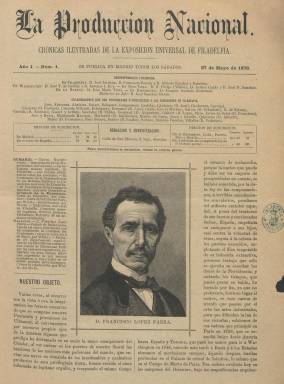
Título: La Producción nacional (Madrid)
Colección: Economía
Ámbito geográfico: Madrid
Lugar de publicación: Madrid
Fechas: 27/05/1876-10/03/1877

Con el subtítulo “crónicas ilustradas de la Exposición Universal de Filadelfia”, evento que se celebró desde el 10 de mayo al 10 de noviembre de 1876, coincidiendo con la celebración del primer centenario de la Declaración de Independencia de Estados Unidos, comenzó a publicarse este semanario el 27 de mayo de ese mismo año, en entregas de dieciséis páginas, compuestas a dos columnas, que, cada sábado salían de la Imprenta de Fortanet. Su propietario y director era el político progresista, diplomático y economista Feliciano Herreros de Tejada (1829-1897), y su intención fue hacer un periódico que divulgara y fomentara la industria y el comercio español, con la difusión de conocimientos útiles y la publicación de crónicas por parte de una serie de corresponsables en Filadelfia, Washington o Nueva York, que darían cuenta de los trabajos de las comisiones, comisarías y jurados españoles en el certamen, así como de los inventarios de los expositores y productos exhibidos, y ello acompañado de ilustraciones de los pabellones, instalaciones y objetos expuestos o de edificios emblemáticos, entre otras; además de fábricas, minas o retratos de industriales españoles y de personajes españoles y norteamericanos relacionados con el evento.

Su redactor jefe fue José Sánchez Bazán, y junto a los corresponsales literarios en las citadas ciudades norteamericanas, contaba con otros en La Habana y Barcelona. Indica también en su cabecera la nómina de colaboradores que han pertenecido o pertenecían a la denominada comisión de Filadelfia, entre los que se encontraban personajes de la cultura española, como Balart, Campoamor, Castelar, Cruzada Villamil, Echegaray, Escosura, Galdo, Gisbert o Gasset y Artime, entre otros, y a la que pertenecía el propio Herreros de Tejada, desde su creación por decreto en diciembre de 1874.

Una vez acaba la exposición, en noviembre de ese mismo año 1876, el semanario edita un suplemento en el que anuncia que seguirá publicándose, ahora con el subtítulo “crónicas ilustradas de exposiciones nacionales y extranjeras”, añadiendo la leyenda de los asuntos que seguirá tratando: ciencias, artes, comercio, agricultura, industria y conocimientos útiles, incluyendo un cuadro de redactores y de corresponsales, entre estos en Puerto Rico, Manila, México, Londres y París.

Cada entrega comienza con un sumario y así como en su primera etapa divide sus contenidos entre artículos y crónicas de la Exposición de Filadelfia, además de los grabados, cuando acabe esta, incluirá otros referidos a exposiciones nacionales españolas, y desde enero de 1877, una sección bajo el epígrafe Mosaico y otra Recreativa.

Publica textos de muy variada temática, aunque especialmente sobre comercio e industria, minera o ferretería española, sobre la deuda pública de los países, unos apuntes biográficos sobre las personalidades relacionadas con la exposición de Filadelfia y descripciones de sus pabellones o de un congreso de mujeres celebrado en esa ciudad; sobre el comercio de las repúblicas hispano-americanas, el fomento de la industria pecuaria o de los vinos españoles, la educación en España, los ferrocarriles, sobre la última expedición al Polo Norte o la utilidad de los jardines botánicos, entre otros muchos.

Sus entregas tienen paginación continuada anual, y a partir de su número 33, de trece de enero de 1877, modificará la cabecera, al incluirla en un grabado diseñado por José Capuz. Su última entrega en la colección de la Biblioteca Nacional de España es la 41, correspondiente al diez de marzo de 1877.